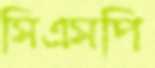
সিএসপি